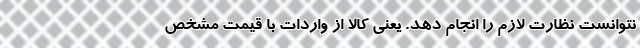
نتوانست نظارت لازم را انجام دهد. یعنی کالا از واردات با قیمت مشخص